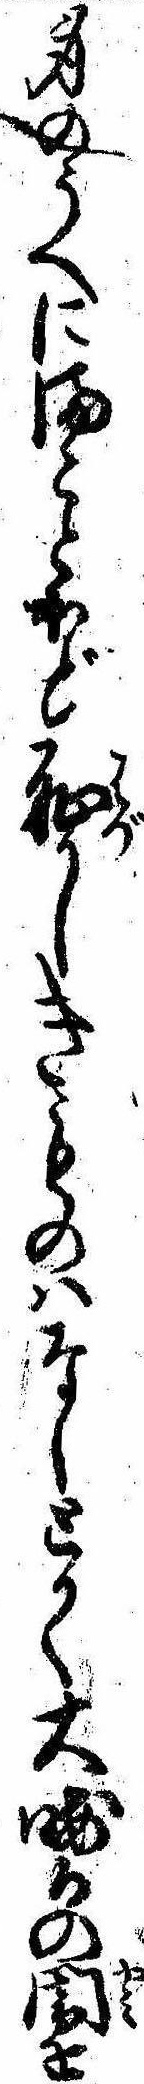
身のうへにまことほど恥かしきものはなしとかく大晦日の闇を